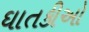
ઘાતકીઓ